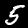
Label: 5